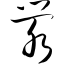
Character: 泶